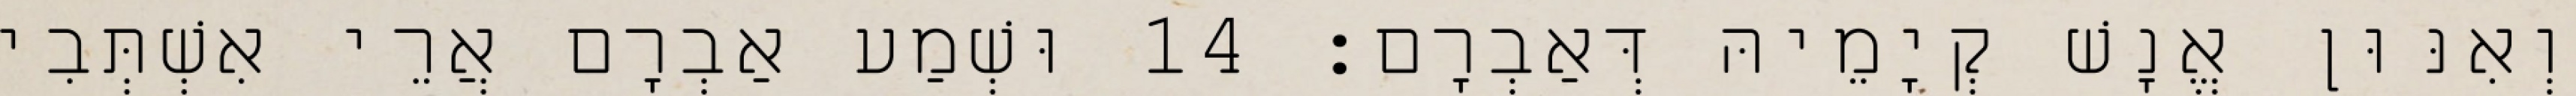
וְאִנּוּן אֱנָשׁ קְיָמֵיהּ דְּאַבְרָם׃ 14 וּשְׁמַע אַבְרָם אֲרֵי אִשְׁתְּבִי